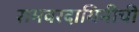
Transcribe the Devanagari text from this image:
रामवरदायिनीची